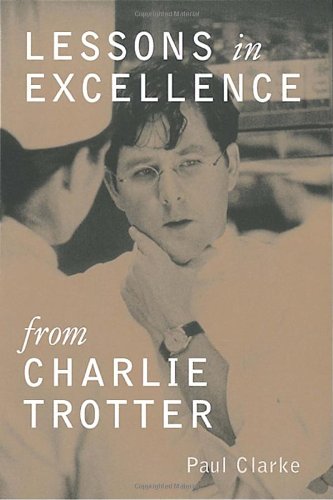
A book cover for Lessons in Excellence from Charlie Trotter; Paul Clarke; Cookbooks, Food & Wine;